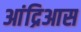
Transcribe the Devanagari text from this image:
आंद्रिआस